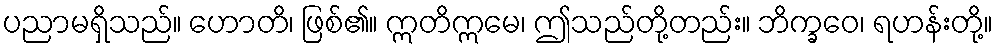
ပညာမရှိသည်။ ဟောတိ၊ ဖြစ်၏။ ဣတိဣမေ၊ ဤသည်တို့တည်း။ ဘိက္ခဝေ၊ ရဟန်းတို့။